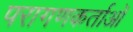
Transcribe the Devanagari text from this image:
परागणकर्ताओं